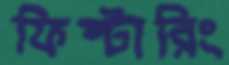
ফিল্টারিং